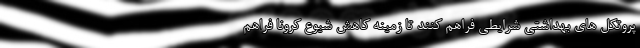
پروتکل های بهداشتی شرایطی فراهم کنند تا زمینه کاهش شیوع کرونا فراهم